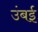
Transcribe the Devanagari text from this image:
उंबई